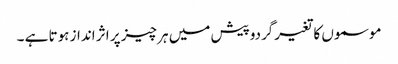
موسموں کا تغیرگردوپیش میں ہر چیز پر اثر انداز ہوتا ہے ۔